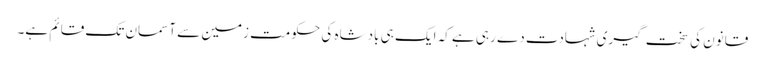
قانون کی سخت گیری شہادت دے رہی ہے کہ ایک ہی بادشاہ کی حکومت زمین سے آسمان تک قائم ہے۔